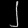
Digit: ၂